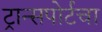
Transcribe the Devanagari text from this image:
ट्रान्सपोर्टचा